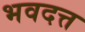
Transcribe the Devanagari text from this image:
भवदत्त